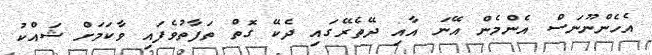
އެހެންނޫނަސް އެންމެން އޭނަ އާއި ދޭތެރޭގައި ދެކޭ ގޮތް ތަފާތުވެފައި ވާކަމަށް ޝައްކު